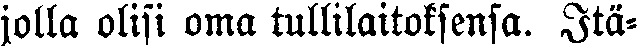
jolla olisi oma tullilaitoksensa. Itä-